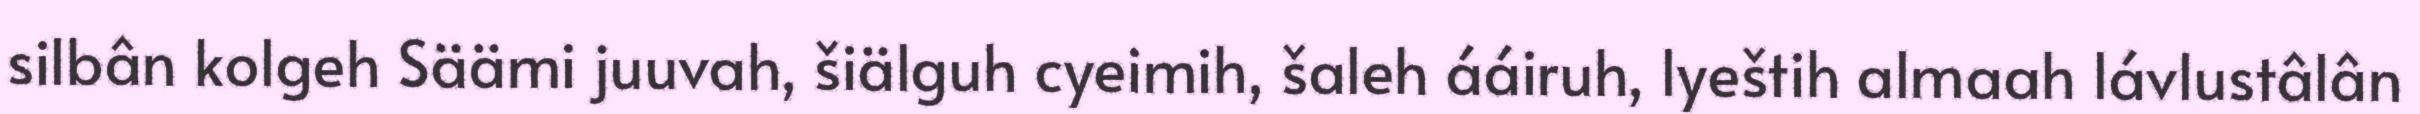
silbân kolgeh Säämi juuvah, šiälguh cyeimih, šaleh ááiruh, lyeštih almaah lávlustâlân